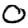
Digit: 0